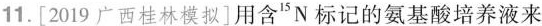
11. [2019广西桂林模拟]用含 ^{ 15}N标记的氨基酸培养液来